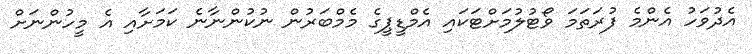
އެދުވަހު އެންމެ ފުރަތަމަ ވޯޓުލުމަށްޓަކައި އެމްޑީޕީގެ މެމްބަރުން ނުކުންނާނެ ކަމަށާއި އެ މީހުންނަށް